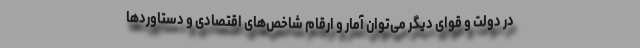
در دولت و قوای دیگر می‌توان آمار و ارقام شاخص‌های اقتصادی و دستاوردها